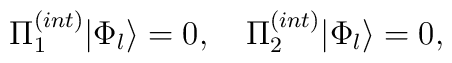
\Pi^{(int)}_1|\Phi_l\rangle = 0, \quad \Pi^{(int)}_2|\Phi_l\rangle = 0,